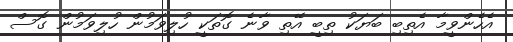
އެހެންވީމާ އެތިބި ބަޔަކު ތިބީ އޭތި ވާނެ ގޮތަކީ ހުލިވަމުން ހުލިވަމުން ގޮސް